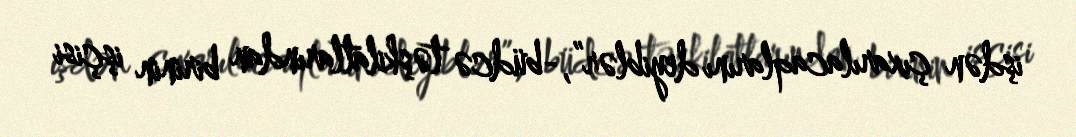
işdən çıxarılacaqlarını deyiblər”,-büdcə təşkilatlarından birinin işçisi